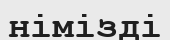
німізді